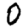
Digit: 0